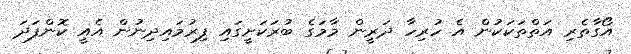
އޯގާތެރި އަތްތަކަކުން އެ ހުރިހާ ދަރީން މާމަގެ ބުރަކަށީގައި ފިރުމައިދިނުން އެއީ ކޮންފަދަ